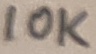
Text: 10K